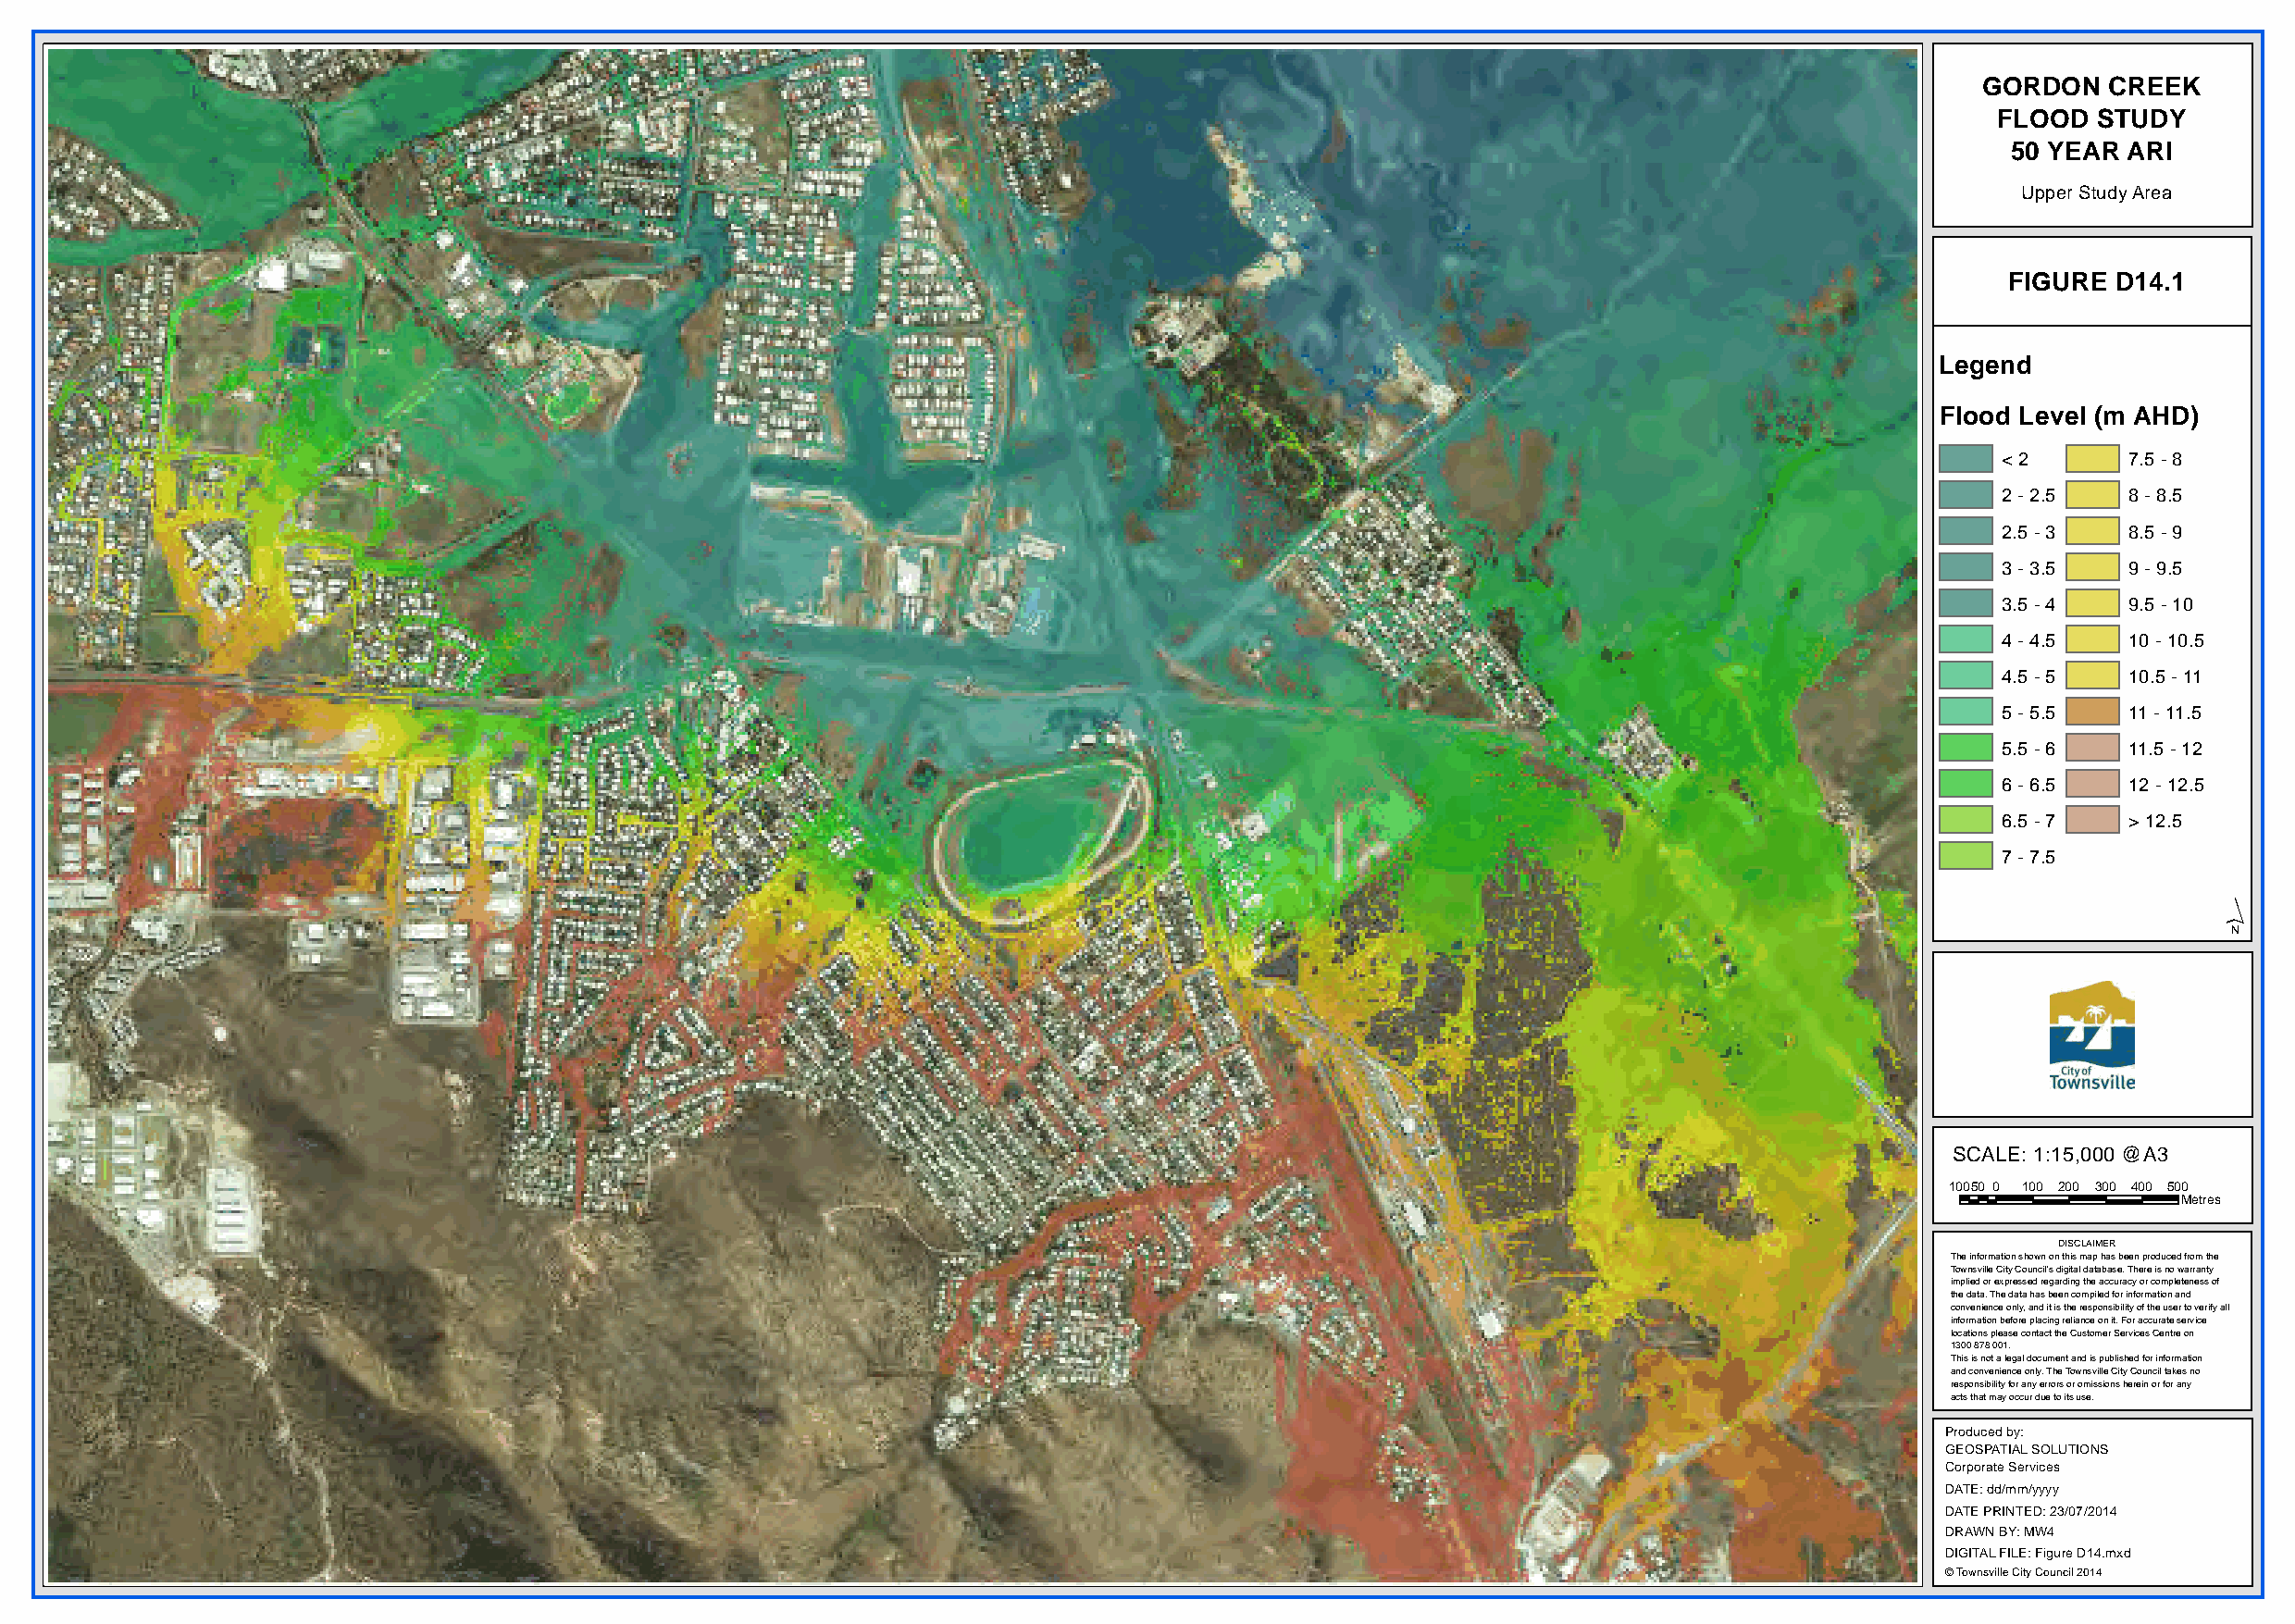
GORDON   CREEK
 FLOOD  STUDY
 50 YEAR ARI
 Upper Study Area
 FIGURE D14.1
 Legend
 Flood Level (m AHD)
 < 2      7.5 - 8
 2 - 2.5  8 - 8.5
 2.5 - 3  8.5 - 9
 3 - 3.5  9 - 9.5
 3.5 - 4  9.5 - 10
 4 - 4.5  10 - 10.5
 4.5 - 5  10.5 - 11
 5 - 5.5  11 - 11.5
 5.5 - 6  11.5 - 12
 6 - 6.5  12 - 12.5
 6.5 - 7  > 12.5
 7 - 7.5
 ´
 SCALE: 1:15,000 @A3
 10050 0 100 200 300 400 500
 Metres
 DISCLAIMER
 The information shown on this map has been produced from the
 Townsville City Council's digital database. There is no warranty
 implied or expressed regarding the accuracy or completeness of
 the data. The data has been compiled for information and
 convenience only, and it is the responsibility of the user to verify all
 information before placing reliance on it. For accurate service
 locations please contact the Customer Services Centre on
 1300 878 001.
 This is not a legal document and is published for information
 and convenience only. The Townsville City Council takes no
 responsibility for any errors or omissions herein or for any
 acts that may occur due to its use.
 Produced by:
 GEOSPATIAL SOLUTIONS
 Corporate Services
 DATE: dd/mm/yyyy
 DATE PRINTED: 23/07/2014
 DRAWN BY: MW4
 DIGITAL FILE: Figure D14.mxd
 © Townsville City Council 2014